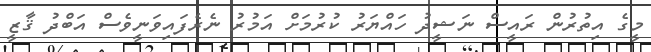
މީގެ އިތުރުން ރައީސް ނަޝީދު ހައްޔަރު ކުރުމަށް އަމުރު ނެރެފައިވަނީވެސް އަބްދު ޤާޒީ